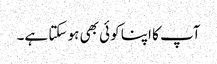
آپ کا اپنا کوئی بھی ہو سکتا ہے۔